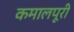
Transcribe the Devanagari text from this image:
कमालपूरी